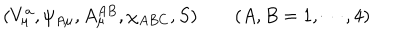
LaTeX: ( V _ { \mu } ^ { a } , \psi _ { A \mu } , A _ { \mu } ^ { A B } , \chi _ { A B C } , S ) \quad \quad ( A , B = 1 , \cdots , 4 )